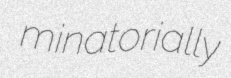
minatorially